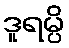
ဒူရမ္ပိ